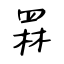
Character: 罧